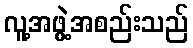
လူ့အဖွဲ့အစည်းသည်